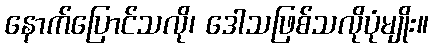
နောက်ပြောင်သလို၊ ဒေါသဖြစ်သလိုပုံမျိုး။